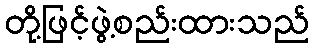
တို့ဖြင့်ဖွဲ့စည်းထားသည်